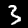
Digit: 3